Eesti_Ajutise_Maavalitsuse_haridusosakond, lk 61
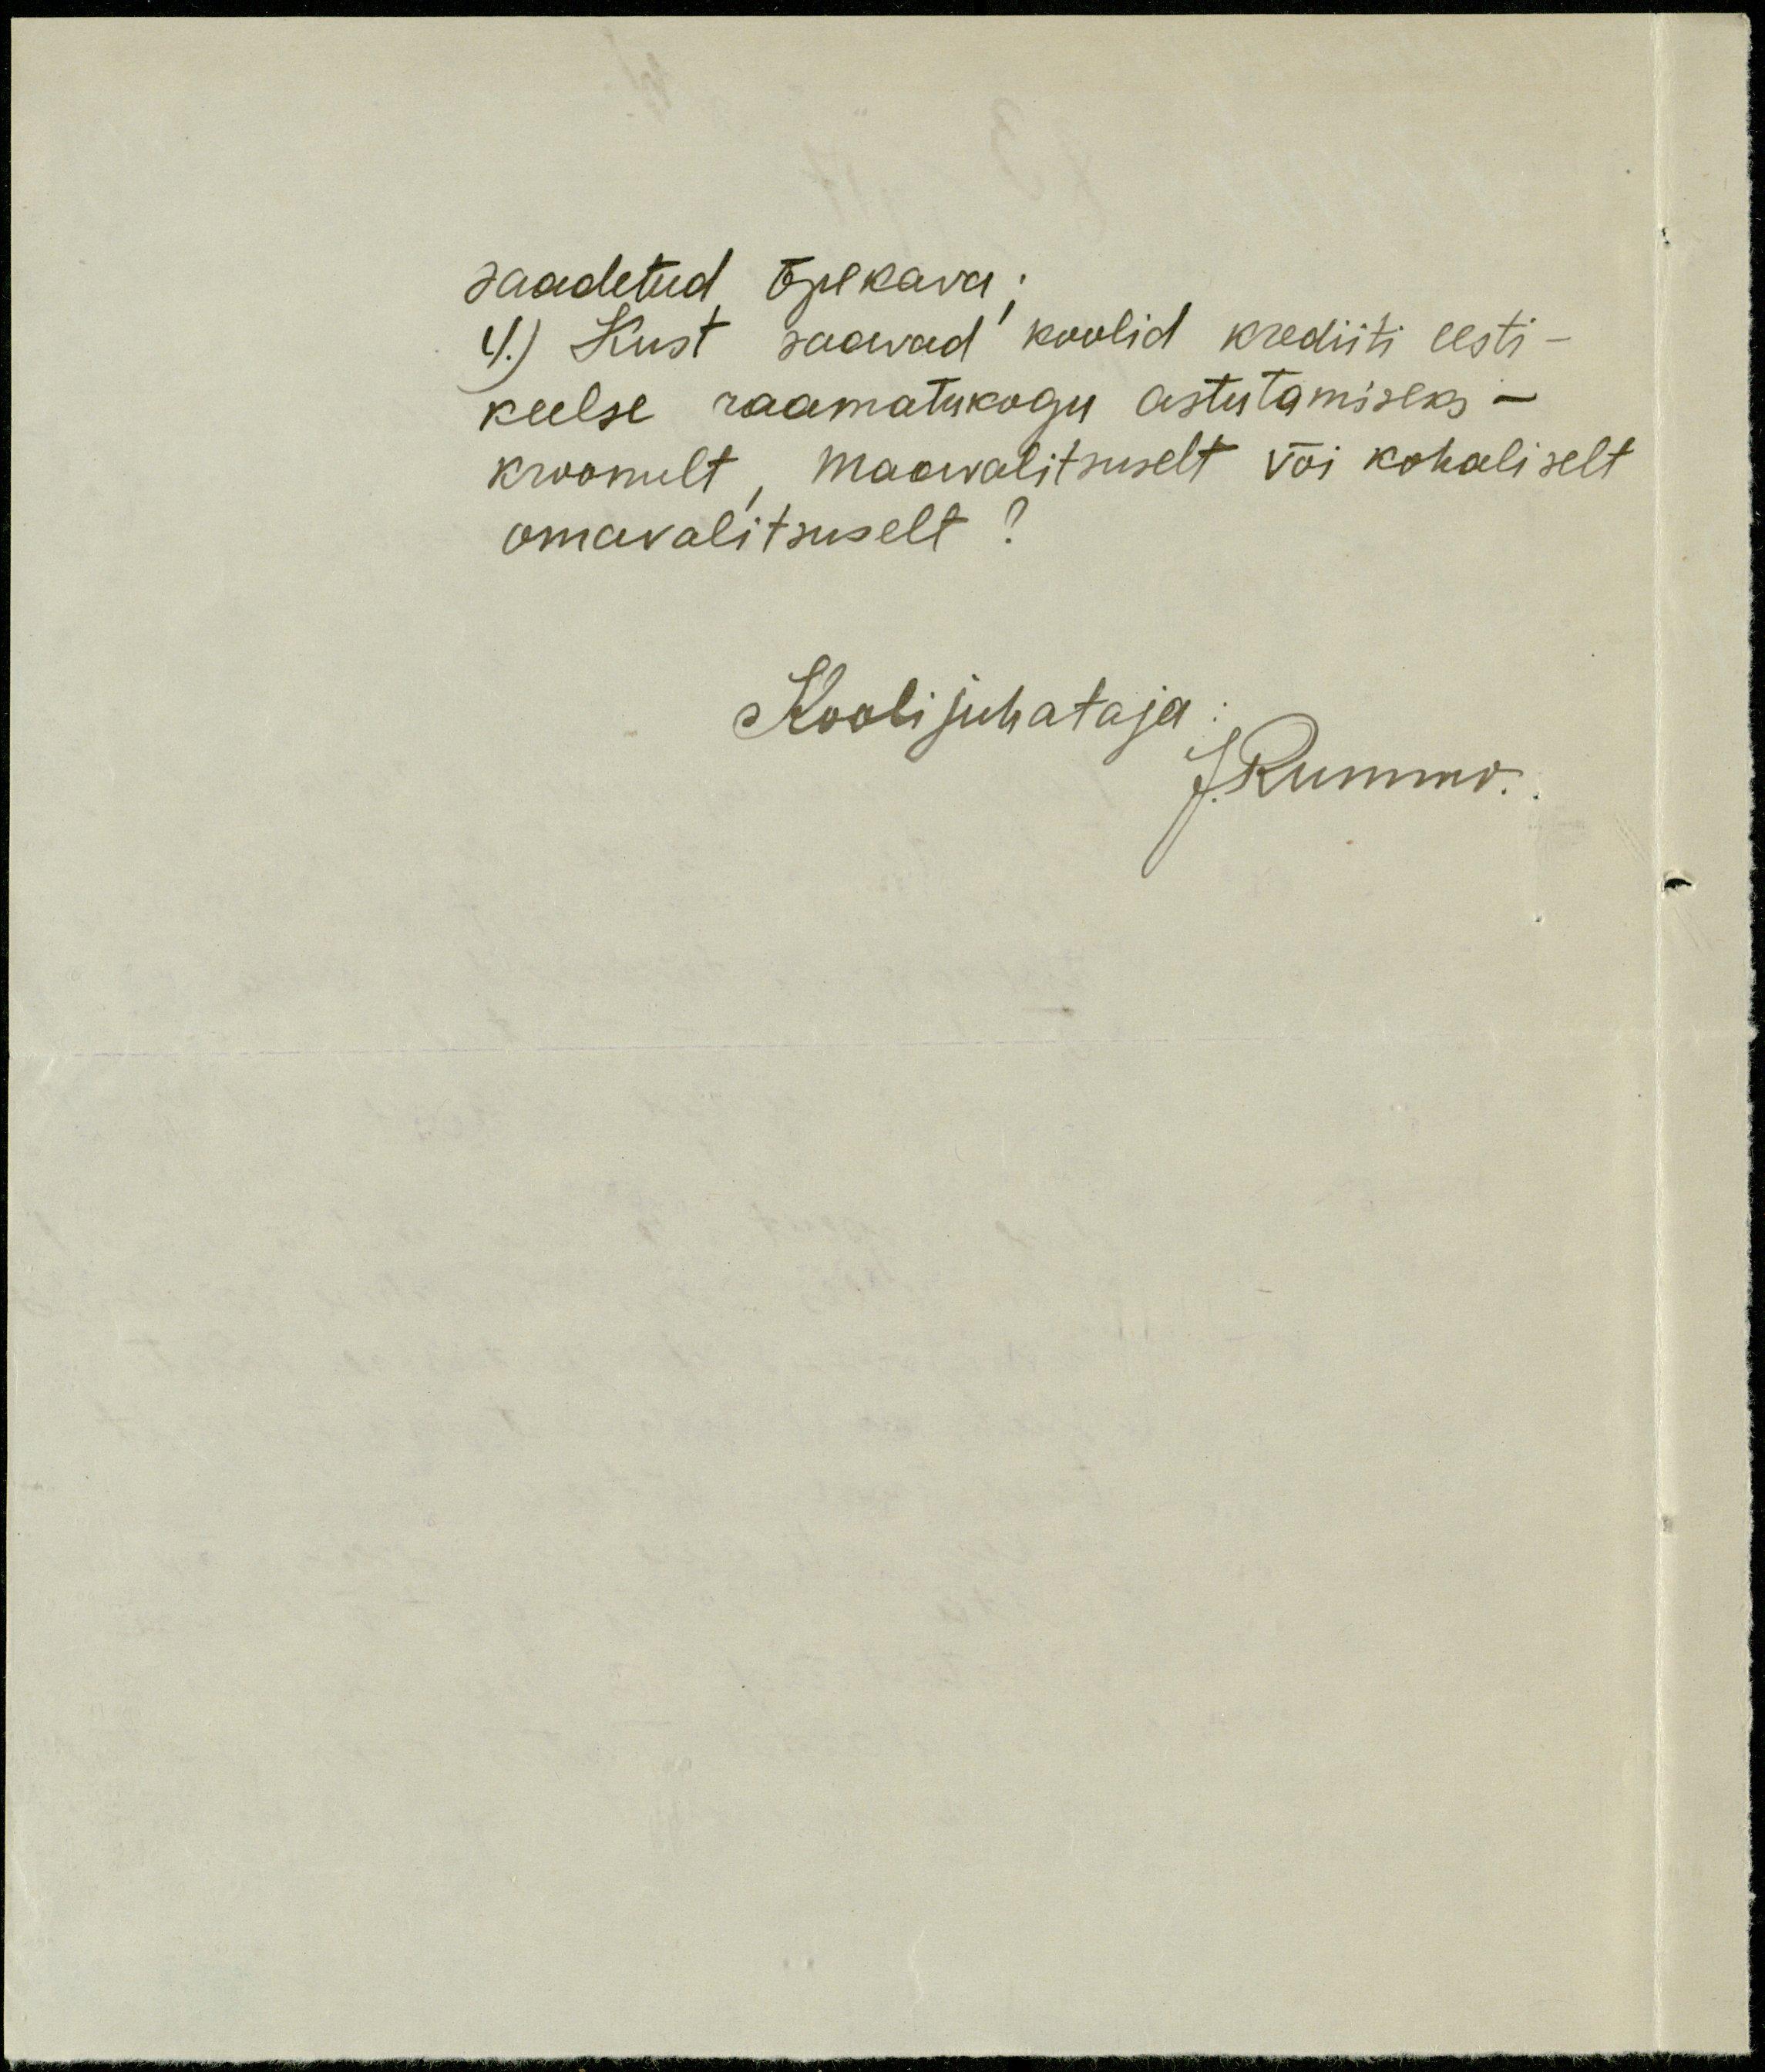
saadetud õpekava;
1.) Kust saavad koolid krediiti eesti-
keelse raamatukogu astutamiseks -
kroonult, Maavalitsuselt või kohaliselt
omavalitsuselt?
Kooli juhataja
J.Rummo.